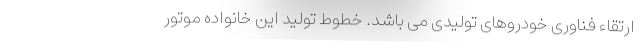
ارتقاء فناوری خودروهای تولیدی می باشد. خطوط تولید این خانواده موتور